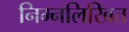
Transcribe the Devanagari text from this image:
निम्‍नलिखित